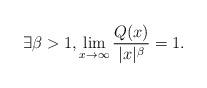
LaTeX: \begin{align*}\exists \beta > 1, \lim_{x \to \infty} \frac{Q(x)}{|x|^\beta} = 1.\end{align*}